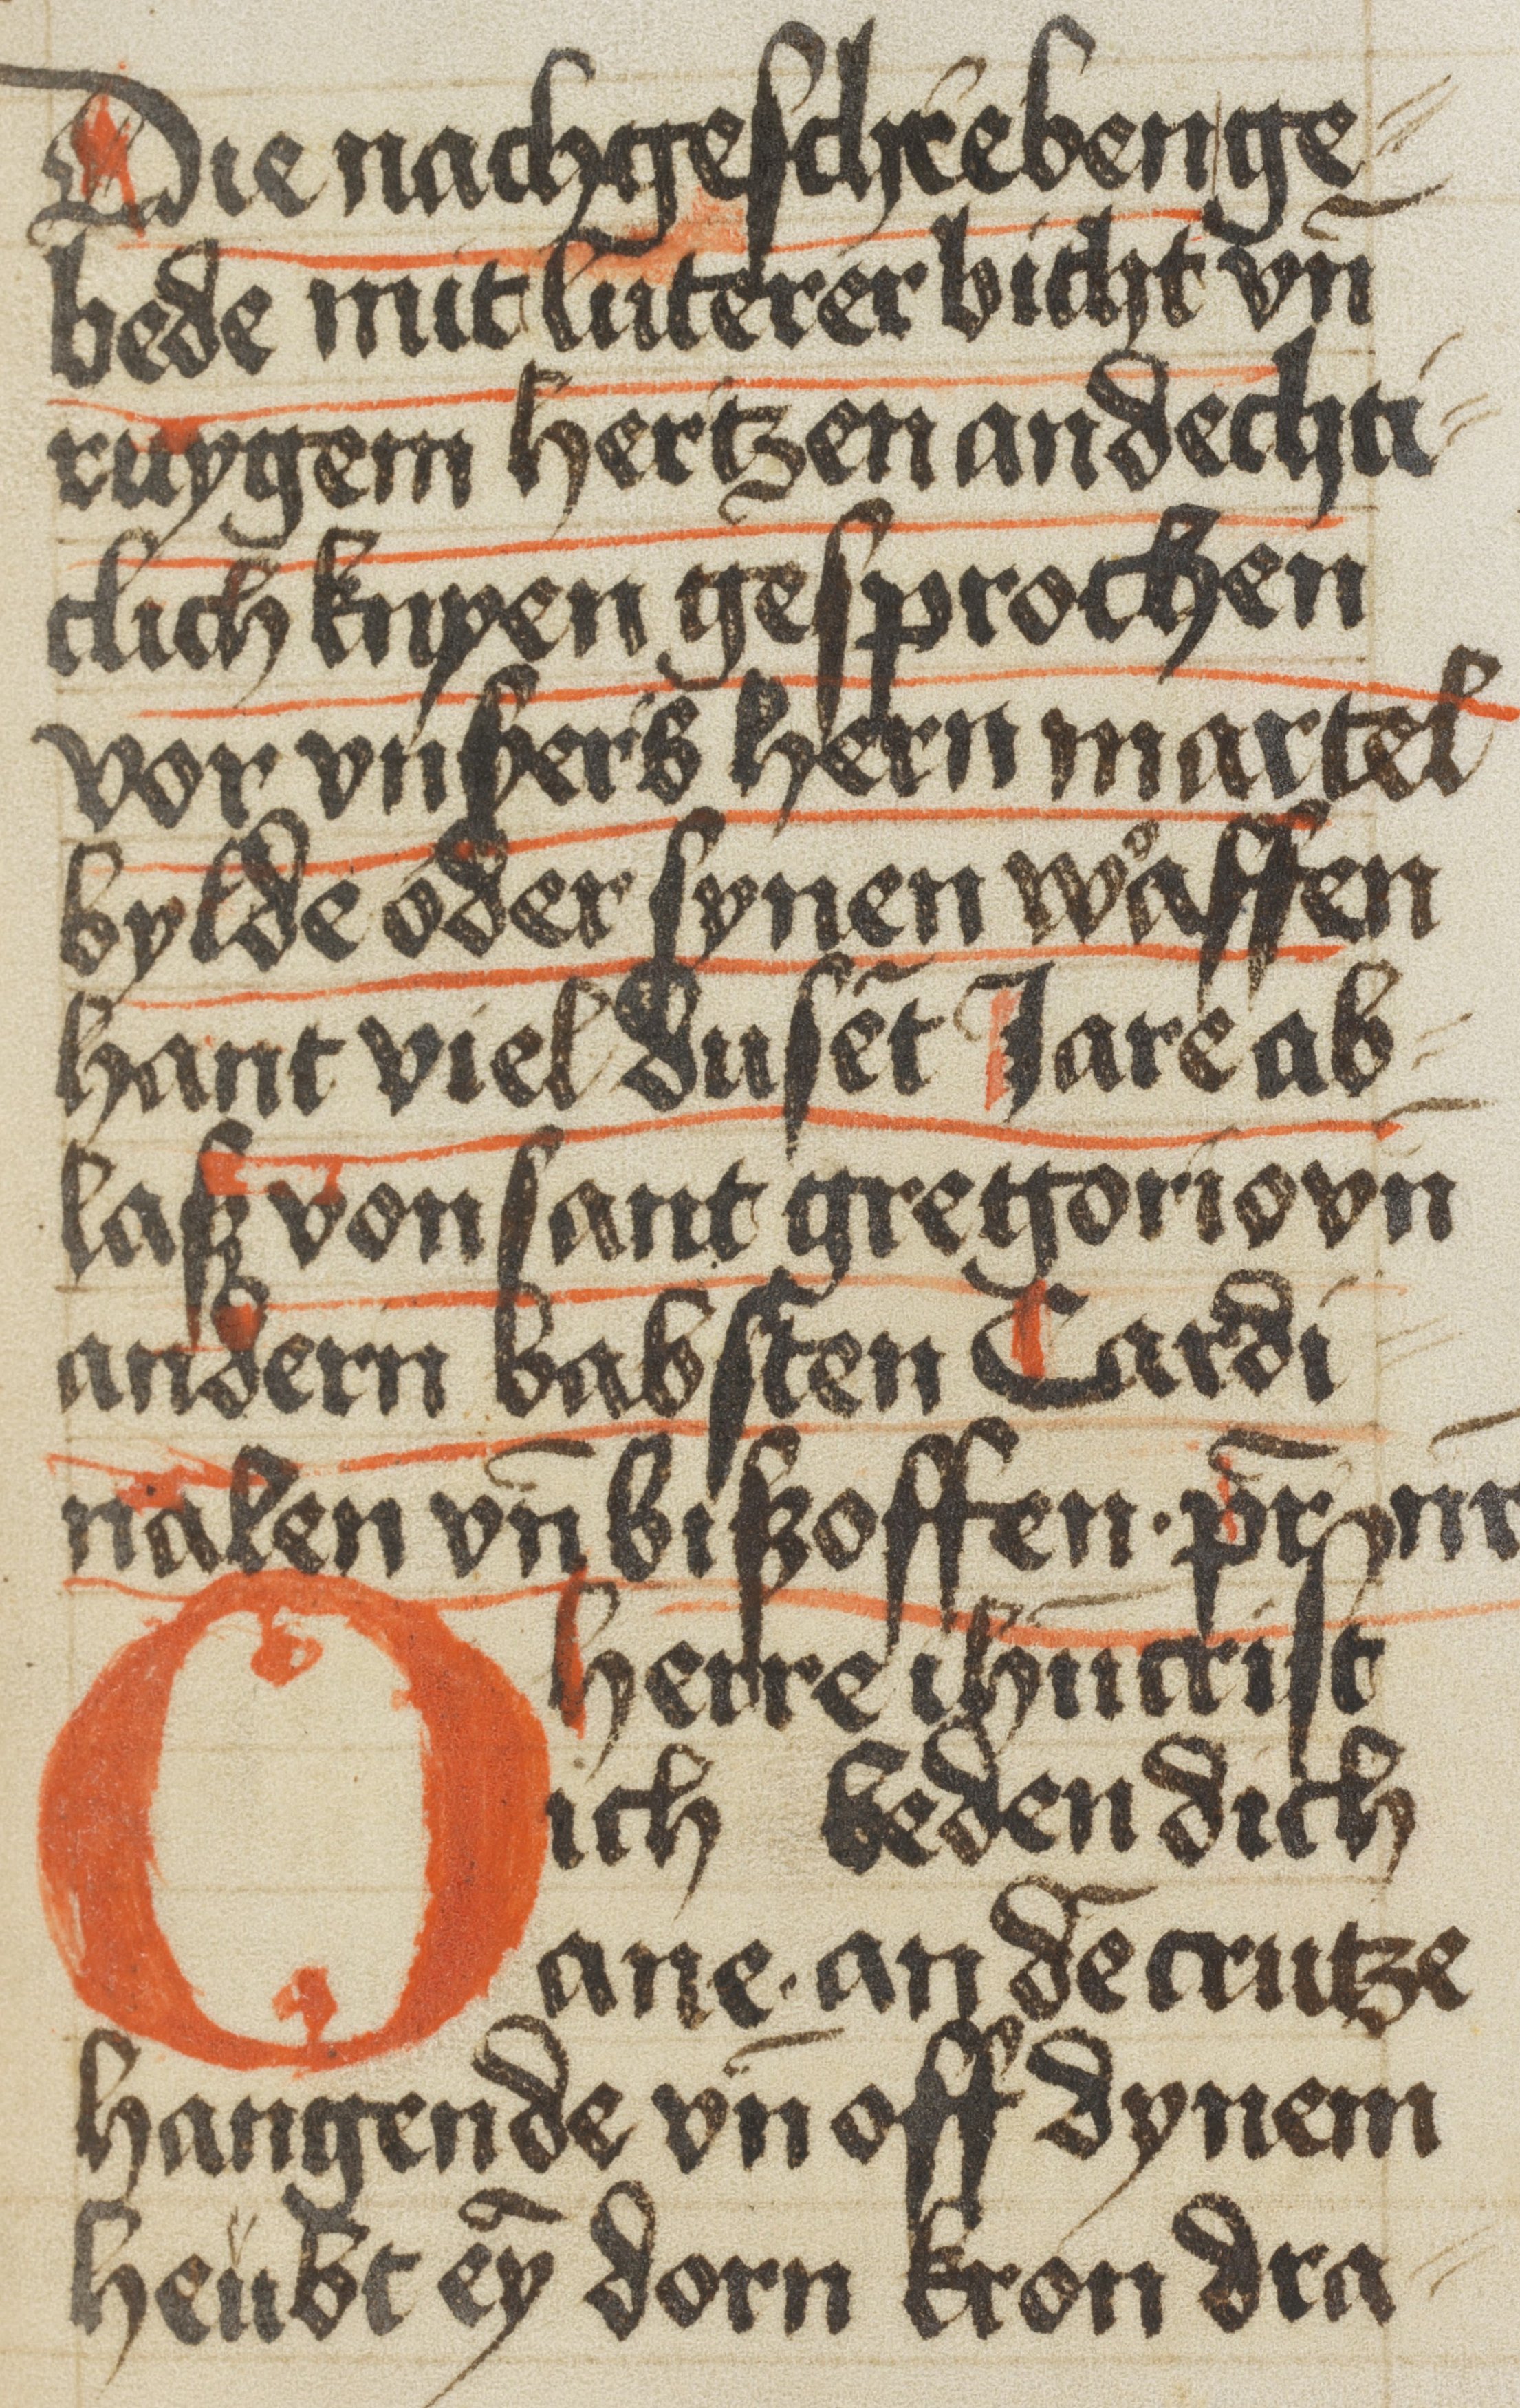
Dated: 1350–1499